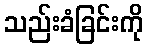
သည်းခံခြင်းကို